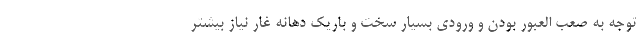
توجه به صعب العبور بودن و ورودی بسیار سخت و باریک دهانه غار نیاز بیشتر